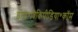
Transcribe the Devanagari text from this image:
डोश॰विकिपीडिया॰कॉम